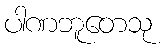
ပါဏဘူတေသု